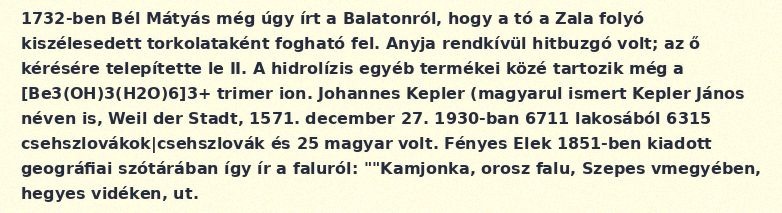
1732-ben Bél Mátyás még úgy írt a Balatonról, hogy a tó a Zala folyó kiszélesedett torkolataként fogható fel. Anyja rendkívül hitbuzgó volt; az ő kérésére telepítette le II. A hidrolízis egyéb termékei közé tartozik még a [Be3(OH)3(H2O)6]3+ trimer ion. Johannes Kepler (magyarul ismert Kepler János néven is, Weil der Stadt, 1571. december 27. 1930-ban 6711 lakosából 6315 csehszlovákok|csehszlovák és 25 magyar volt. Fényes Elek 1851-ben kiadott geográfiai szótárában így ír a faluról: ""Kamjonka, orosz falu, Szepes vmegyében, hegyes vidéken, ut.